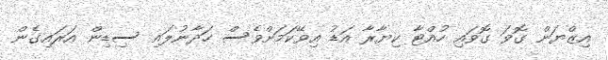
އިޒްޔަން ގޮވަ ގޮވައި ހުއްޓާ ކިޔާރާ އަޑު އިވޭކަމަށްވެސް ހަދާނުލައި ސިޑިން އަރައިގެން